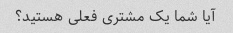
آیا شما یک مشتری فعلی هستید؟